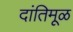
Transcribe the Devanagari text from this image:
दांतिमूळ